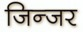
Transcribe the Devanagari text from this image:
जिन्जर